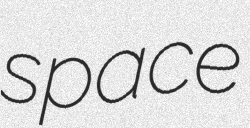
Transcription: space